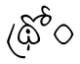
థ్రోం